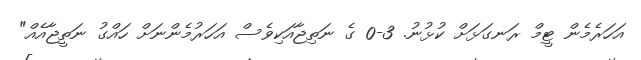
އަހަރެމެން ޓީމް ރަނގަޅަށް ކުޅުނު. 3-0 ގެ ނަތިޖާއަކިވެސް އަހަރުމެންނަށް ހައްގު ނަތީޖާއެއް"